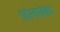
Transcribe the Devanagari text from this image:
फ़ोनसेका